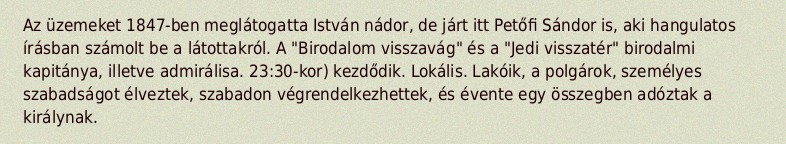
Az üzemeket 1847-ben meglátogatta István nádor, de járt itt Petőfi Sándor is, aki hangulatos írásban számolt be a látottakról. A "Birodalom visszavág" és a "Jedi visszatér" birodalmi kapitánya, illetve admirálisa. 23:30-kor) kezdődik. Lokális. Lakóik, a polgárok, személyes szabadságot élveztek, szabadon végrendelkezhettek, és évente egy összegben adóztak a királynak.